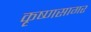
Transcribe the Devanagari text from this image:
कृष्णसागर